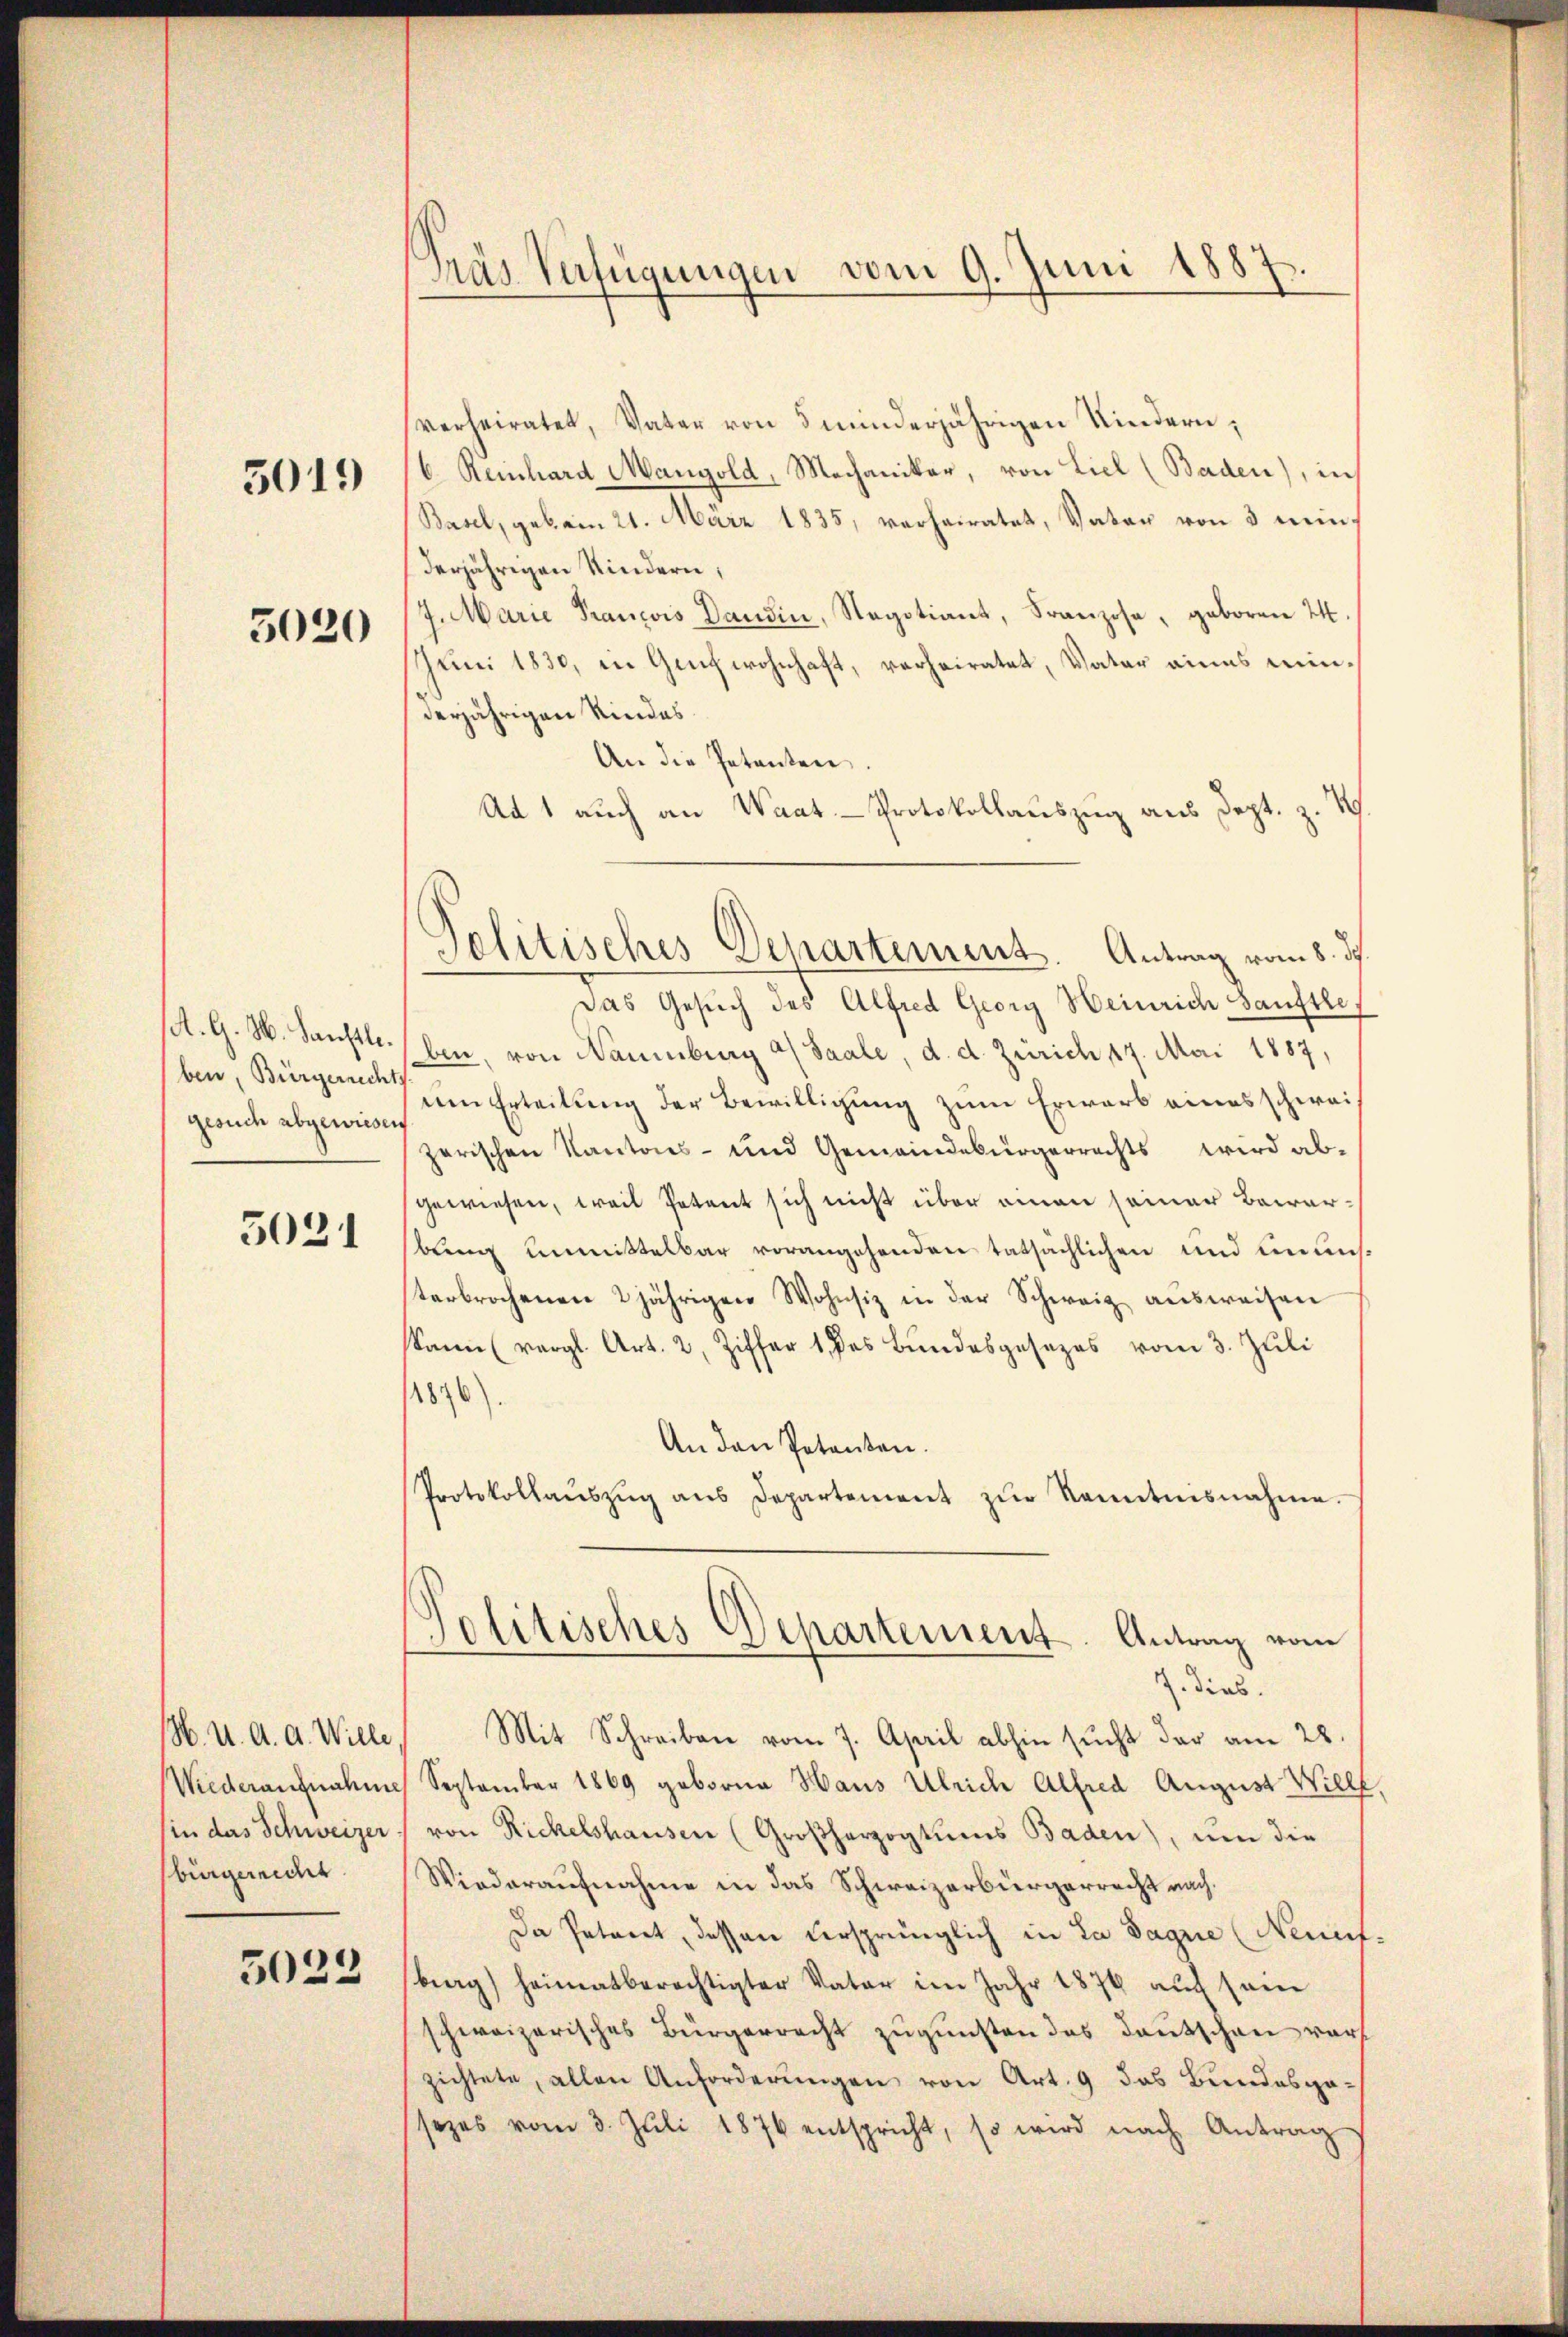
5019

5020

A. G. M. Sanftle.
ben, Bürgerrechts
gesuch abgewiesen.

5021

H. U. A. A. Wille
in das Schweizer

3033

Pras Verfügungen vom 9. Juni 1887.

verheiratet, Vater von 5 minderjährigen Kindern;
/6. Reinhard Mangold, Mechaniker, von Liel (Baden), in
(Basel, gebom 21. März 1835, verheiratet, Vater von 3 minderjährigen Kindern,
7. Marie Francois Dandin, Negotiant, Franzose, geboren 24.
JJuni 1830, in Genf wohnhaft, verheiratet, Vater eines minderjährigen Kindes.
An die Petenten.
Ad 1 auch an Waat-Protokollauszug aus Sept. z. T
Das Gesuch des Alfred Georg Heinrich Sanftle,
ben, von Naumburg u Saale, d. d. Zürich 17. Mai 1887,
em Erteilung der Bewilligung zum Erwarb eines schweizerischen Kantons- und Gemeindebürgerrechts wird ab-
gewiesen, weil Petent sich nicht über einen seiner Bewarbung unmittelbar vorangehenden tatsächlichen und unun
sterbrochenen 2 jährigen Wohnsiz in der Schweiz aŭsweisen
Sann (vergl. Art. 2, Ziffer 1 des Bŭndesgesezes vom 3. Jŭli
1896)
An den Petenten.
Protokollaŭszŭg ans Departement zŭr Kenntnisnahme.
Politisches Departement. Antrag vom
J. dies
Mit Schreiben vom 7. April abhin sŭcht der am 28.
Wiederaufnahme September 1869 geborne Haus Ulrich Alfred August Willf
von Rickelshausen (Großherzogtums Baden), um die
bürgericht. Wiederaufnahme in das Schweizerbürgerrecht nach¬
Da Petenet, dessen versprünglich in La Sagnie (Neunt
sberg) heimatberechtigter Vater im Jahr 1876 auch sein
schweizerisches Bürgerrecht zugunsten das Deutschen wor
zichtete, allen Anforderŭngen von Art. 9 das Bundesgasezes vom 3. Juli 1876 entspricht, so wird nach Antrag

Telitisches Departement. Antrag vom 8. d.